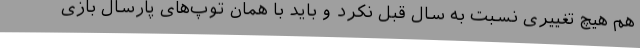
هم هیچ تغییری نسبت به سال قبل نکرد و باید با همان توپ‌های پارسال بازی